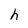
Character: h